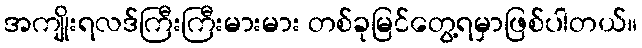
အကျိုးရလဒ်ကြီးကြီးမားမား တစ်ခုမြင်တွေ့ရမှာဖြစ်ပါတယ်။